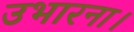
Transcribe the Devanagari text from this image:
उभारना।